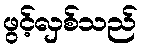
ဖွင့်လှစ်သည်